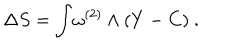
\Delta S = \int \! \omega ^ { ( 2 ) } \wedge ( Y - C ) \ .